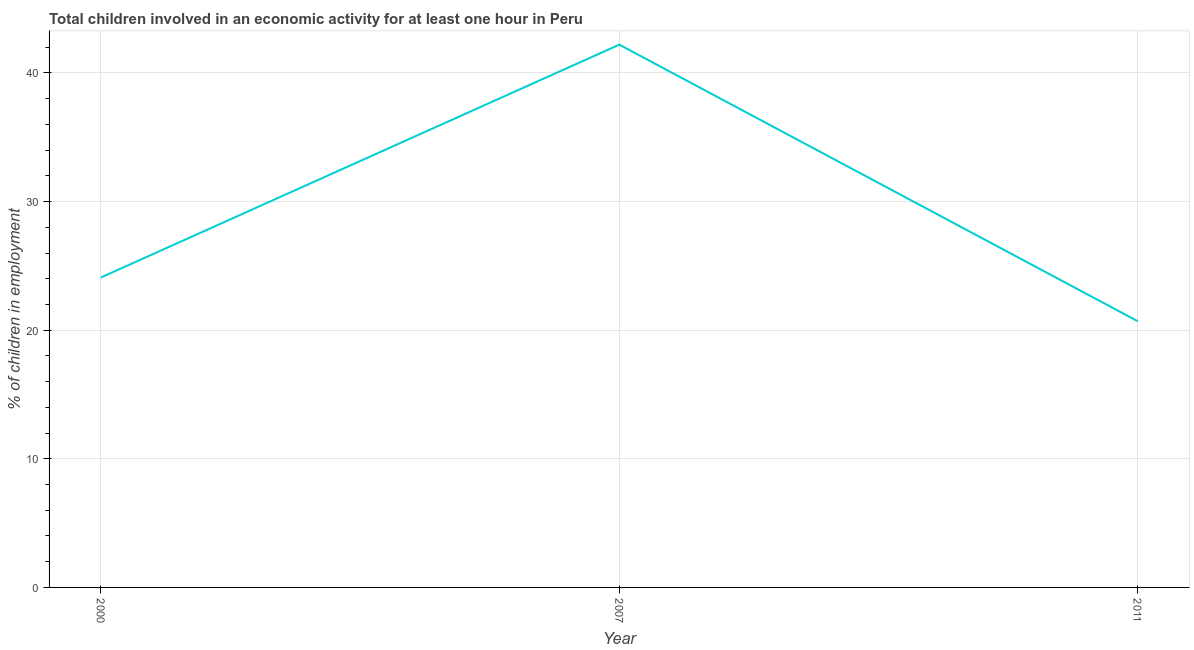
| Year | Children in employment |
 | --- | --- |
 | 2000 | 24.1 |
 | 2007 | 42.2 |
 | 2011 | 20.7 |